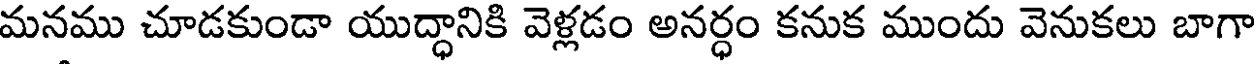
మనము చూడకుండా యుద్ధానికి వెళ్లడం అనర్ధం కనుక ముందు వెనుకలు బాగా